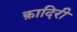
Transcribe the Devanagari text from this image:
क़ादिरी